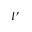
I ^ { \prime }